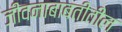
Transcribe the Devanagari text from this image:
जीवनाबाबतीतील